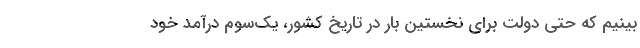
‌بینیم که حتی دولت برای نخستین بار در تاریخ کشور، یک‌سوم درآمد خود